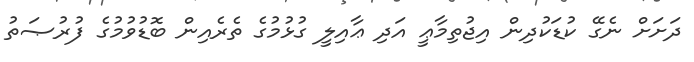
ދަށަށް ނެގޭ ކުޑަކުދިން އިޖުތިމާޢީ އަދި ޢާއިލީ ގުޅުމުގެ ތެރެއިން ބޮޑުވުމުގެ ފުރުޞަތު